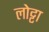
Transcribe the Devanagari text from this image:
लोट्टा